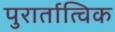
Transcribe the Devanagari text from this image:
पुरार्तात्विक